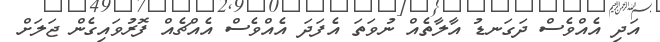
އަދި އެއްވެސް ދަގަނޑު އާލާތެއް ނުވަތަ އެފަދަ އެއްވެސް އެއްޗެއް ފޮރުވައިގެން ޖަލަށް